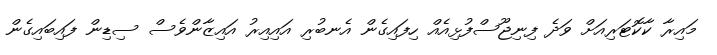
މައިރާ ކާކޮޓަރިއަށް ވަދެ ފިނިޖޫސްފުޅިއެއް ހިފައިގެން އެނބުރި އައިއިރު އައިޒާންވެސް ސިޑިން ފައިބައިގެން